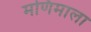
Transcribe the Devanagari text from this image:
मणिमाला